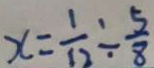
x = \frac { 1 } { 1 2 } \div \frac { 5 } { 8 }